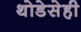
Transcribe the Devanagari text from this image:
थोडेसेही